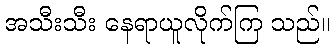
အသီးသီး နေရာယူလိုက်ကြ သည်။